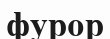
фурор